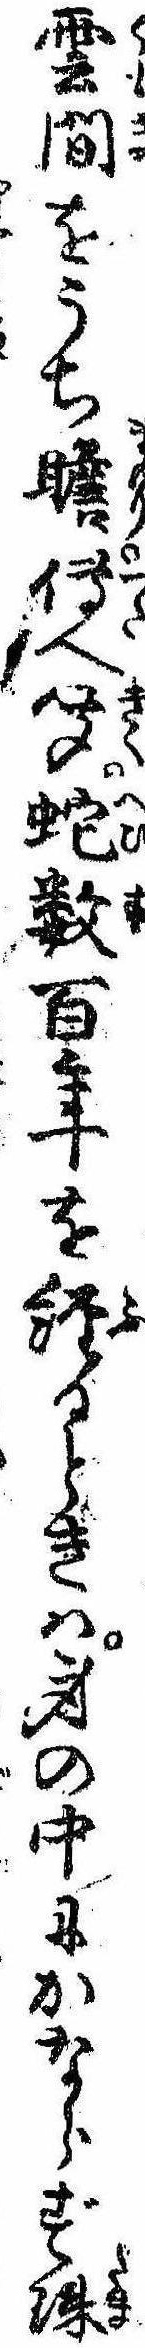
雲間をうち瞻伝へ聞蛇数百年を経るときは身の中にかならず珠